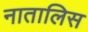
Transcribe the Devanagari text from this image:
नातालिस